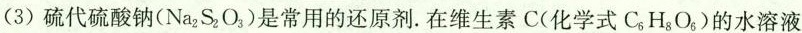
(3)硫代硫酸钠(Na_{2}S_{2}O_{3})是常用的还原剂.在维生素C(化学式C_{6}H_{8}O_{6})的水溶液